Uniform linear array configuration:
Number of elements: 12
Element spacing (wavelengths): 0.5
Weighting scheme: hann
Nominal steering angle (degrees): -45
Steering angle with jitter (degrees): -46.509
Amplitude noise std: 0.05
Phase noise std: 0.05

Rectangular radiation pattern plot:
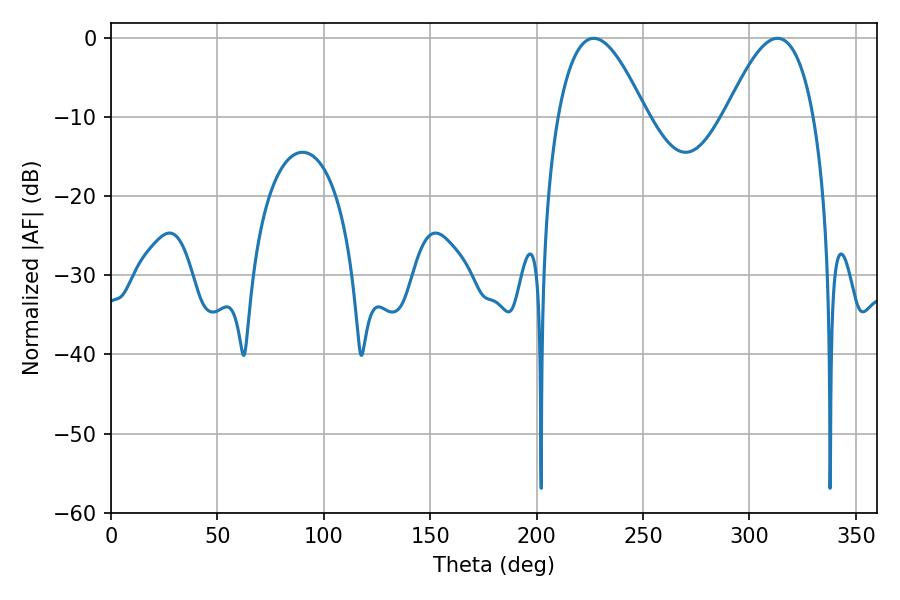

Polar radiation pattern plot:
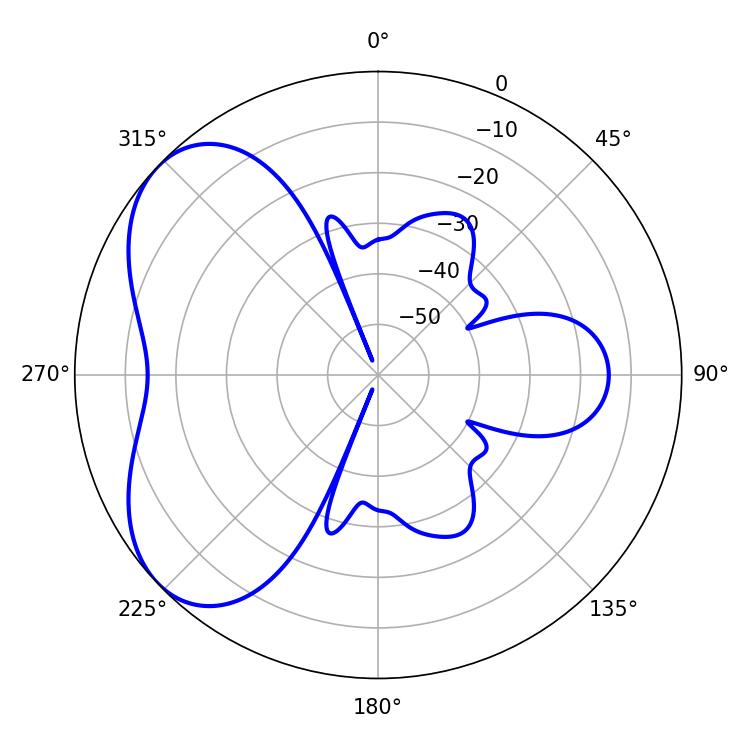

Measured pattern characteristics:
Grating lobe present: FALSE
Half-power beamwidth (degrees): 22.5
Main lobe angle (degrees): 226.8